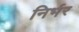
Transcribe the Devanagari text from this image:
निर्भर